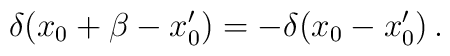
\delta(x_0 + \beta - x_0') = - \delta(x_0 - x_0')  \,.